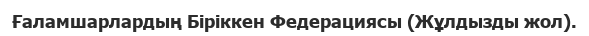
Ғаламшарлардың Біріккен Федерациясы (Жұлдызды жол).